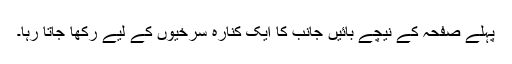
پہلے صفحہ کے نیچے بائیں جانب کا ایک کنارہ سرخیوں کے لیے رکھا جاتا رہا۔